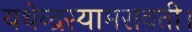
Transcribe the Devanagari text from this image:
यथेन्‍द्रस्‍यामरावती।